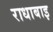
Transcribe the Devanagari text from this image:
राधाबाइ